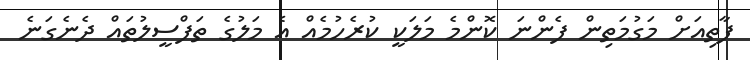
ފާތިއަށް މަގުމަތިން ފެންނަ ކޮންމެ މަލަކީ ކުރެހުމެއް އެ މަލުގެ ތަފްސީލުތައް ދެނެގަނެ